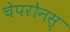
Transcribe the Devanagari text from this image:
चेपरोनस्